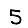
Digit: 5